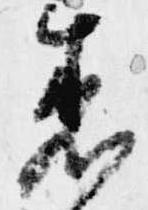
着